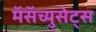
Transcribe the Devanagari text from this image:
मॅसॅच्युसेट्‌स